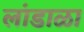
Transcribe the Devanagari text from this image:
लांडाळा